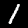
Label: 1